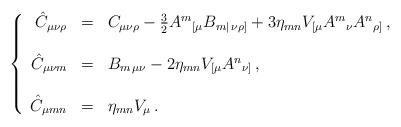
LaTeX: \begin{align*}\left\{\begin{array}{rcl}\hat{C}_{\mu\nu\rho} & = & C_{\mu\nu\rho} -\frac{3}{2}A^{m}{}_{[\mu}B_{m|\, \nu\rho]} +3\eta_{mn}V_{[\mu}A^{m}{}_{\nu}A^{n}{}_{\rho]}\, ,\\& & \\\hat{C}_{\mu\nu m} & = & B_{m\, \mu\nu}-2\eta_{mn} V_{[\mu}A^{n}{}_{\nu]}\, ,\\& & \\\hat{C}_{\mu mn} & = & \eta_{mn}V_{\mu}\, .\\\end{array}\right.\end{align*}